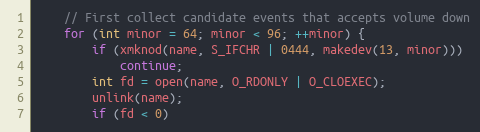
Language: C++
    // First collect candidate events that accepts volume down
    for (int minor = 64; minor < 96; ++minor) {
        if (xmknod(name, S_IFCHR | 0444, makedev(13, minor)))
            continue;
        int fd = open(name, O_RDONLY | O_CLOEXEC);
        unlink(name);
        if (fd < 0)